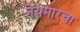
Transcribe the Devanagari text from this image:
नेयमारचा